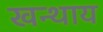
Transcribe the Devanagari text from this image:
खन्थाय